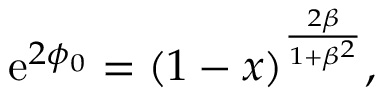
\mathrm { e } ^ { 2 \phi _ { 0 } } = ( 1 - x ) ^ { \frac { 2 \beta } { 1 + \beta ^ { 2 } } } ,